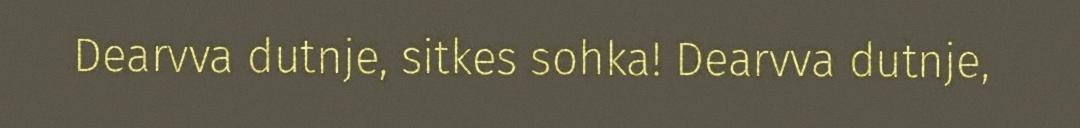
Dearvva dutnje, sitkes sohka! Dearvva dutnje,